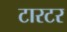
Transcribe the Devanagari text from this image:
टारटर